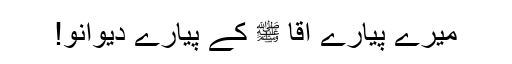
میرے پیارے آقا ﷺ کے پیارے دیوانو!